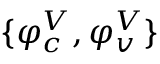
\{ \varphi _ { c } ^ { V } , \varphi _ { v } ^ { V } \}